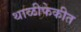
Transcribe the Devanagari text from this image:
थाळीफेकीत